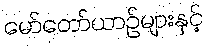
မော်တော်ယာဉ်များနှင့်